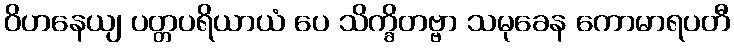
ဝိဟနေယျ ပတ္တပရိယာယံ ပေ သိက္ခိတဗ္ဗာ သမုခေန ကောမာရပတီ